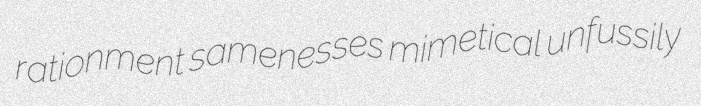
rationment samenesses mimetical unfussily